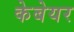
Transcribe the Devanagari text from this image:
केबेयर